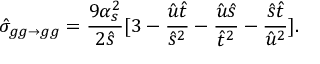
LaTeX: \hat { \sigma } _ { g g \rightarrow g g } = { \frac { 9 \alpha _ { s } ^ { 2 } } { 2 \hat { s } } } [ 3 - { \frac { \hat { u } \hat { t } } { \hat { s } ^ { 2 } } } - { \frac { \hat { u } \hat { s } } { \hat { t } ^ { 2 } } } - { \frac { \hat { s } \hat { t } } { \hat { u } ^ { 2 } } } ] . \nonumber